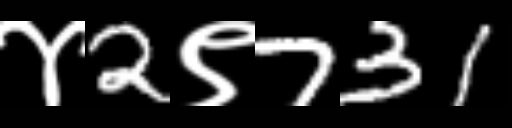
Text: ४2९731